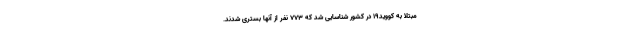
مبتلا به کووید۱۹ در کشور شناسایی شد که ۷۷۳ نفر از آنها بستری شدند.